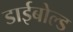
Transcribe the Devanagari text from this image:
डाईबोल्ड